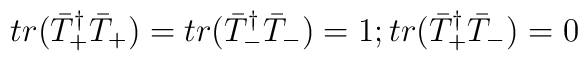
tr(\bar{T}_+^{\dagger}\bar{T}_+) = tr(\bar{T}_-^{\dagger}\bar{T}_-) = 1; tr(\bar{T}_+^{\dagger}\bar{T}_-) = 0